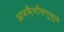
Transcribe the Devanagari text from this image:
अनमैनसिपूबुल